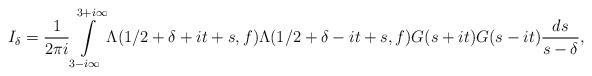
LaTeX: \begin{align*} I_{\delta} = \frac{1}{2\pi i} \int\limits_{3-i\infty}^{3+i\infty} \Lambda(1/2+\delta+it+s,f)\Lambda(1/2+\delta-it+s,f) G(s+it) G(s-it) \frac{ds}{s-\delta},\end{align*}